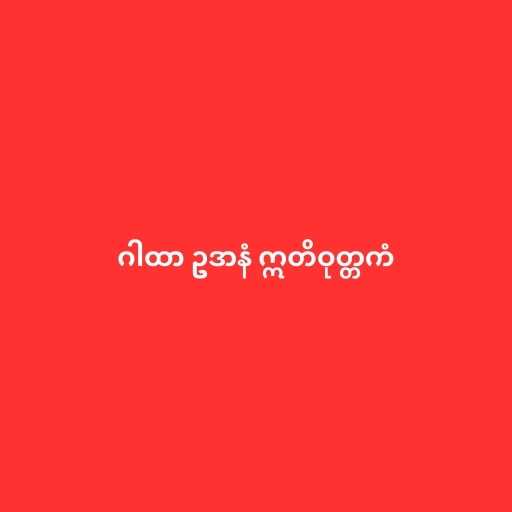
ဂါထာ ဥဒာနံ ဣတိဝုတ္တကံ